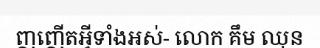
ញញើតអ្វីទាំងអស់- លោក គឹម ឈុន